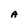
Character: A